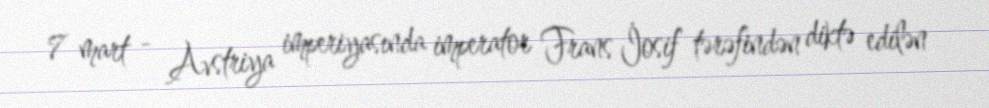
7 mart - Avstriya imperiyasında imperator Frans İosif tərəfindən diktə edilən